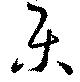
樂